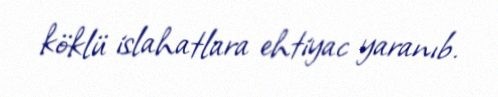
köklü islahatlara ehtiyac yaranıb.